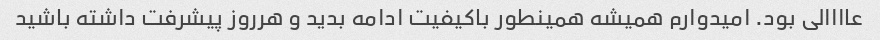
عاااالی بود. امیدوارم همیشه همینطور باکیفیت ادامه بدید و هرروز پیشرفت داشته باشید